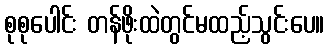
စုစုပေါင်း တန်ဖိုးထဲတွင်မထည့်သွင်းပေ။